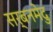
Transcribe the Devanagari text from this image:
सर्बनमेदु